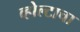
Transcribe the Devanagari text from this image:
व्होल्टाचा